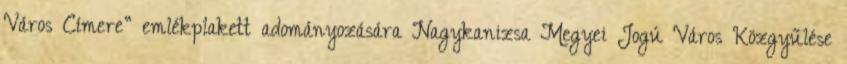
Város Címere” emlékplakett adományozására Nagykanizsa Megyei Jogú Város Közgyűlése